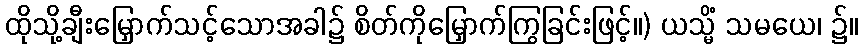
ထိုသို့ချီးမြှောက်သင့်သောအခါ၌ စိတ်ကိုမြှောက်ကြွခြင်းဖြင့်။) ယသ္မိံ သမယေ၊ ၌။